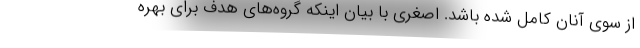
از سوی آنان کامل شده باشد. اصغری با بیان اینکه گروه‌های هدف برای بهره